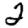
Digit: 2